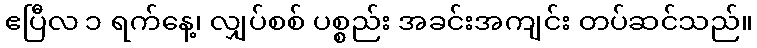
ဧပြီလ ၁ ရက်နေ့၊ လျှပ်စစ် ပစ္စည်း အခင်းအကျင်း တပ်ဆင်သည်။